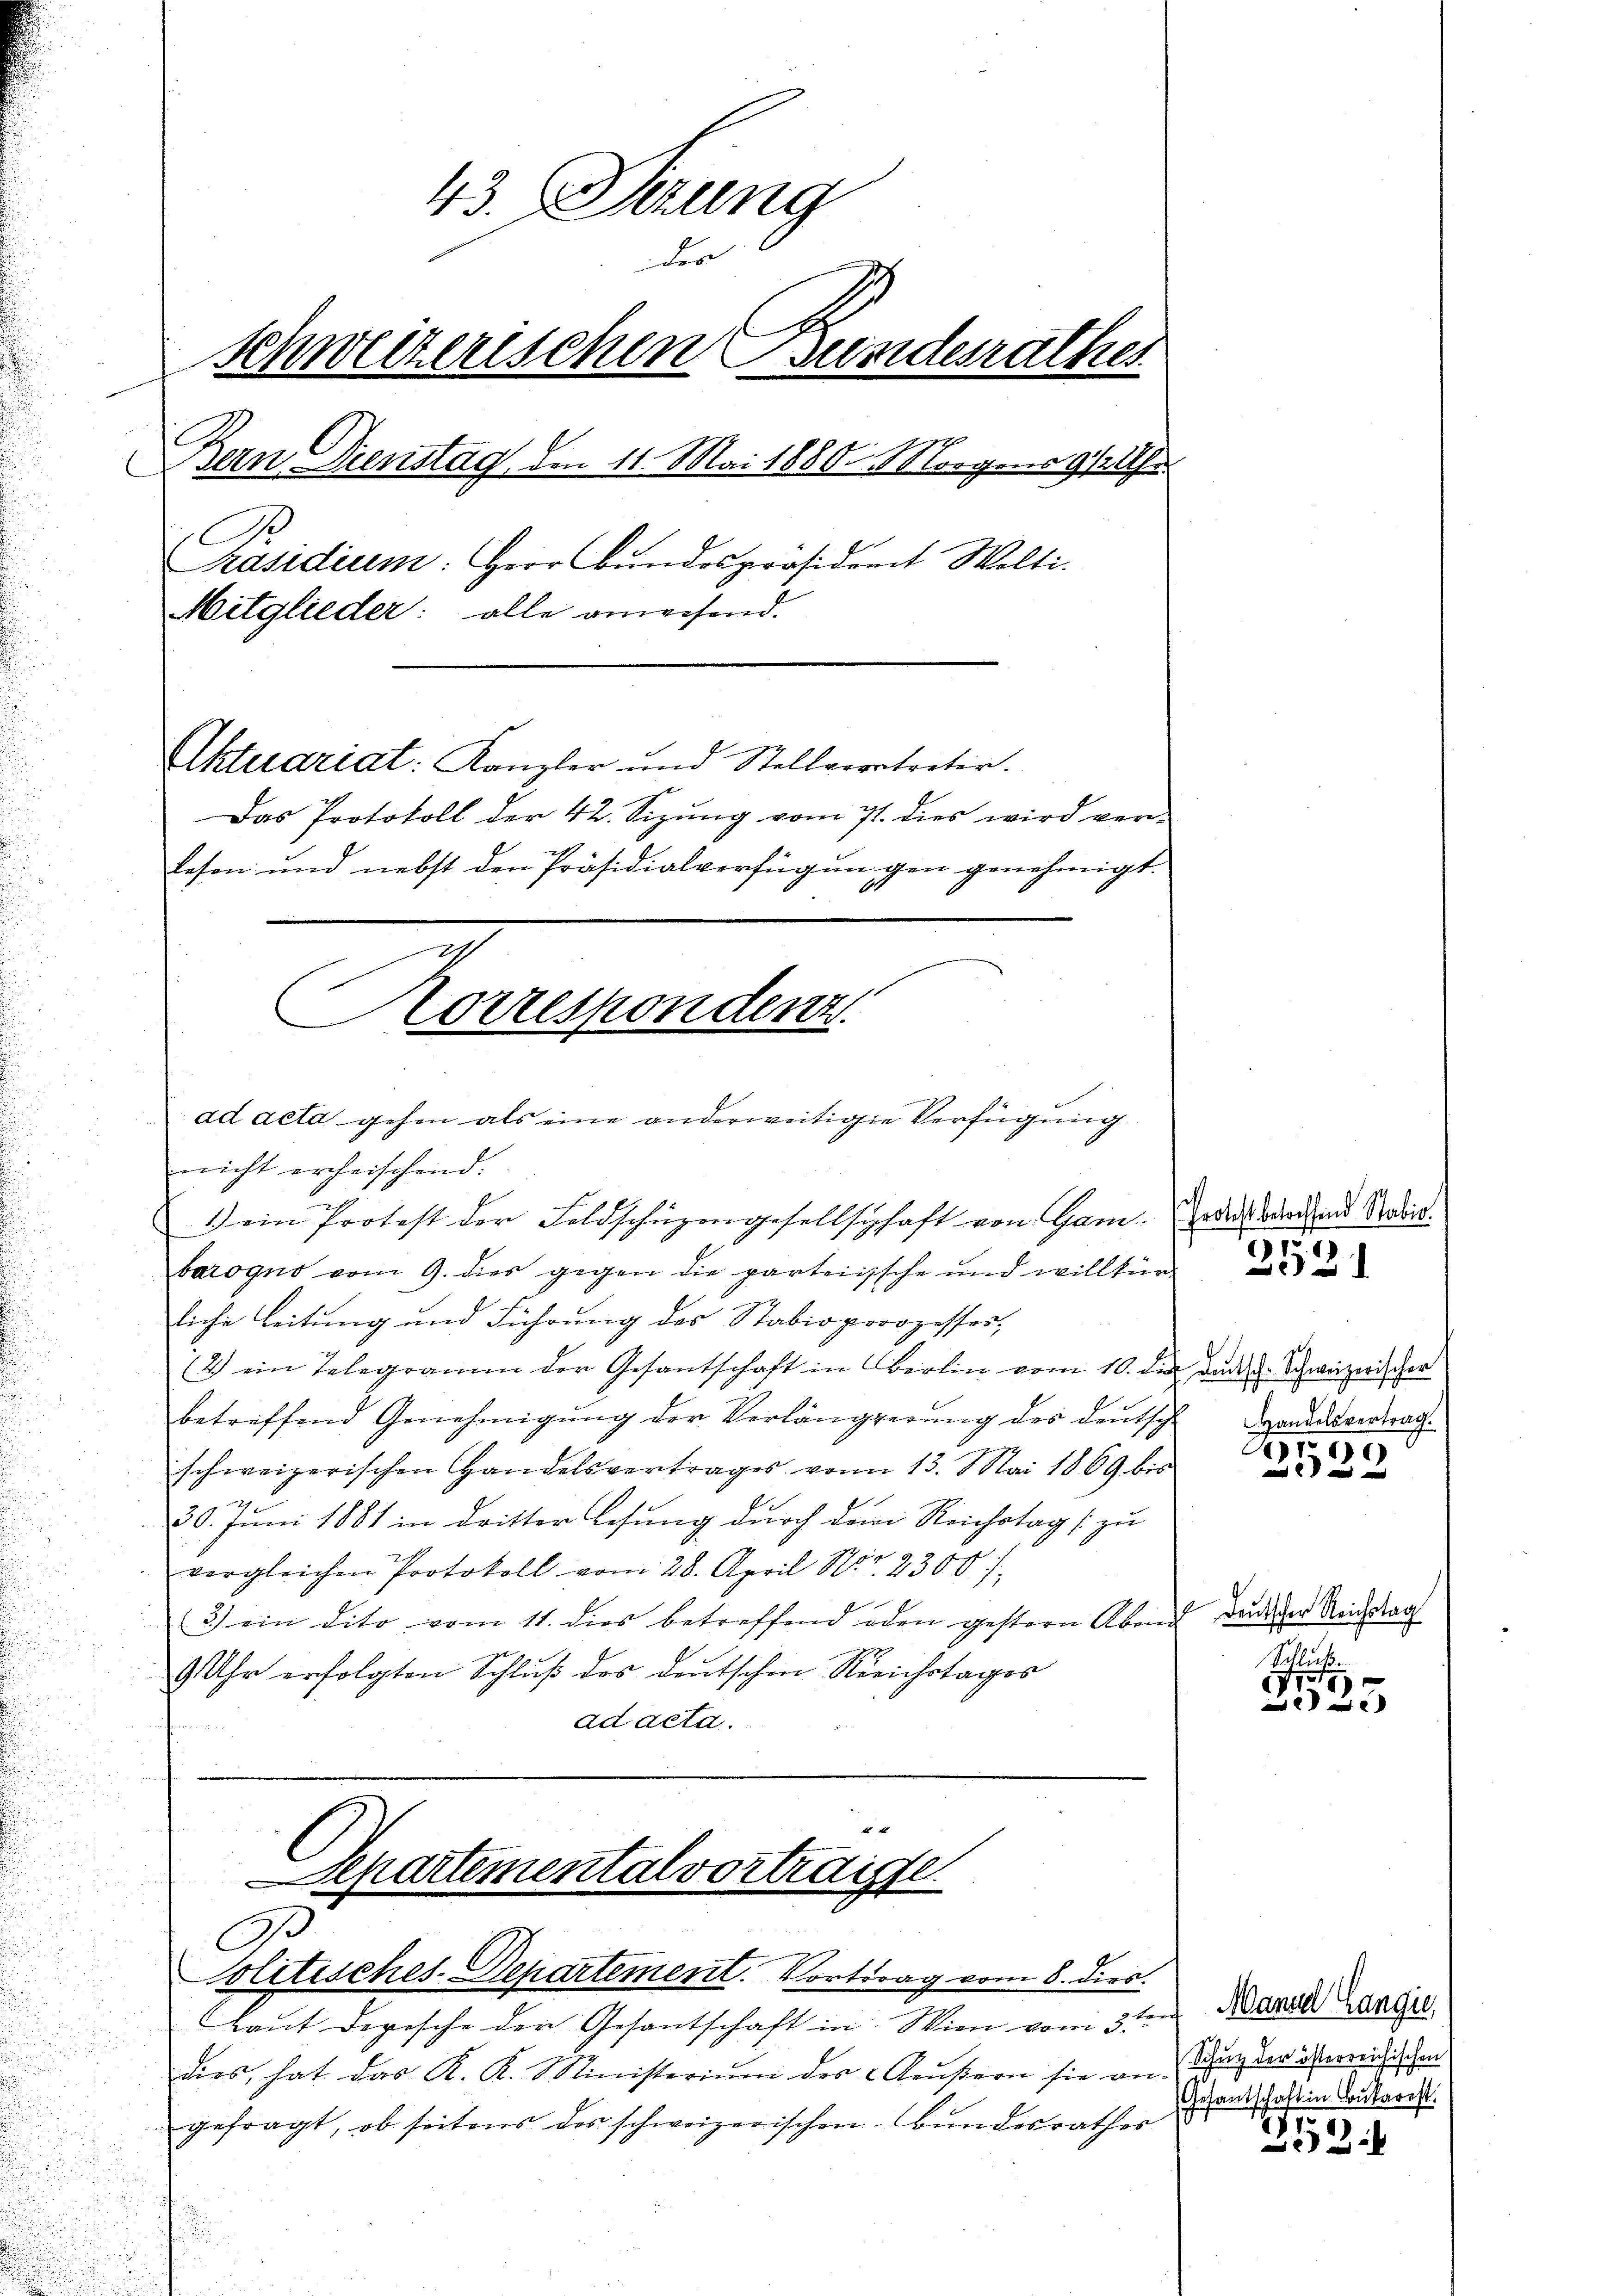
43. Sitzung
der
schweizerischen Bundesrathes
Bern Dienstag, den 11. Mai 1886. Morgens 9/2 Uhr
Präsidium: Herr Bundespräsident Welti.
Mitglieder: alle anwesend.
Aktuariat: Kanzler und Stellvertreter.
Das Protokoll der 42. Sizŭng vom 7. dies wird ver-
Lesen und nebst den Präsidialverfügungen genehmigt.
Korrespondenz

ad acta gehen als eine anderweitige Verfügung
nicht erheischend.
1) ein Protest der Feldschüzengesellschaft von Gam. Jeder Burgund Rades.
barogno vom 9. dies gegen die parteiische und willkür
liche Leitung und Führung des Stabioporozesses,
(2.) ein Telegramm der Gesantschaft in Berlin vom 10. der den u. Schweizerischer
betreffend Genehmigung der Verlängerung des deutsche Handesvertragschweizerischen Handelsvertrages von 13. Mai 1869 bis
.
30. Juni 1881 in dritter Lesung durch dem Reichstag [zu
4
vergleichen Protokoll vom 28. April Nr. 2300. f
3) ein dito vom 11. dies betreffend oden gestern Abend durch der Reichsag
9 Uhr erfolgten Schluß des deutschen Reichstages
ad acta.

Separtemental vortraigtl.
A.
Solitisches Departement. Vortrag vom 8. dies

Haut dopische der Gesantschaft in Wien vom 3ten
dies, hat das K. K. Ministerium des Aŭβern sie an-
gefragt, ob seitens des schweizerischen Bundesrathes

2521

r

28 x

Schlick.
Nr.
7
)

Manad Langie
Schutz der österreichischen
Gesantschaft in Ausarest.
17

x